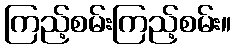
ကြည့်စမ်းကြည့်စမ်း။